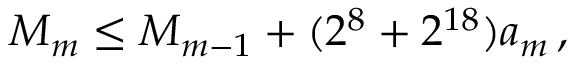
M _ { m } \leq M _ { m - 1 } + ( 2 ^ { 8 } + 2 ^ { 1 8 } ) a _ { m } \, ,